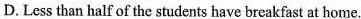
D.Less than half of the students have breakfast at home.